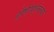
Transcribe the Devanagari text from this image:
हंगेरीपर्यंतच्या